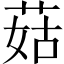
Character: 菇